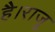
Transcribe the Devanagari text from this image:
है।राजू